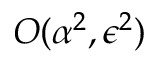
O ( \alpha ^ { 2 } , \epsilon ^ { 2 } )